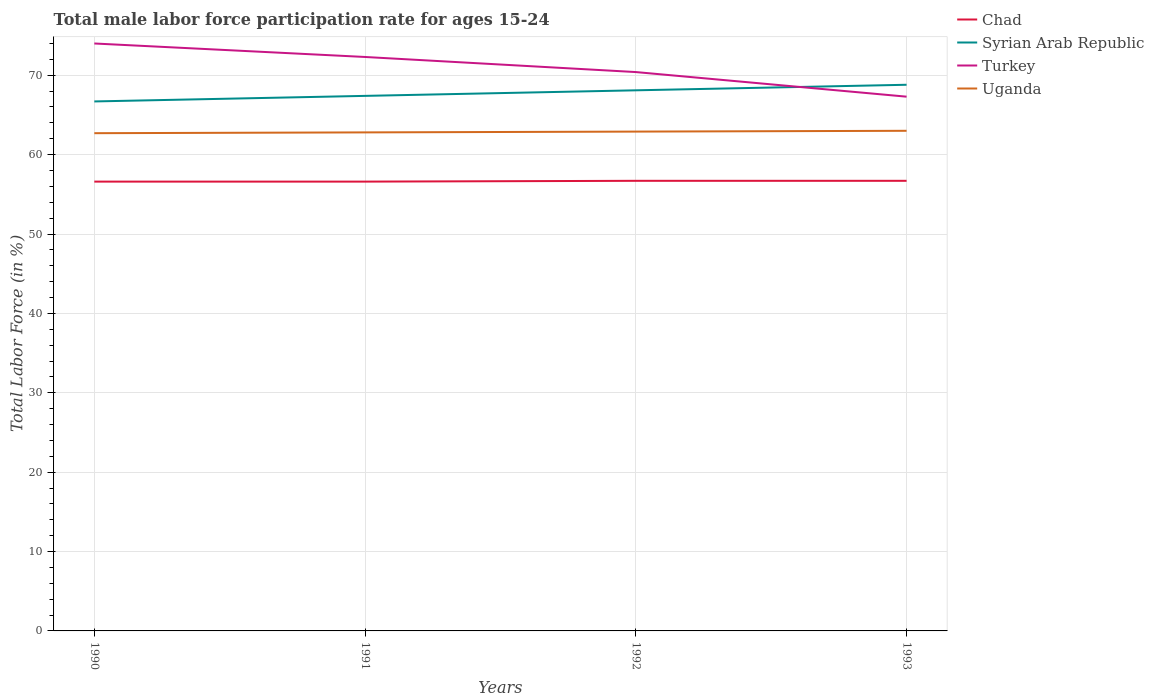
| Years | Chad | Syrian Arab Republic | Turkey | Uganda |
 | --- | --- | --- | --- | --- |
 | 1990 | 56.6 | 66.7 | 74 | 62.7 |
 | 1991 | 56.6 | 67.4 | 72.3 | 62.8 |
 | 1992 | 56.7 | 68.1 | 70.4 | 62.9 |
 | 1993 | 56.7 | 68.8 | 67.3 | 63 |